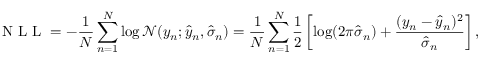
\mathrm { ~ N ~ L ~ L ~ } = - \frac { 1 } { N } \sum _ { n = 1 } ^ { N } \log \mathcal { N } ( y _ { n } ; \hat { y } _ { n } , \hat { \sigma } _ { n } ) = \frac { 1 } { N } \sum _ { n = 1 } ^ { N } \frac { 1 } { 2 } \left[ \log ( 2 \pi \hat { \sigma } _ { n } ) + \frac { ( y _ { n } - \hat { y } _ { n } ) ^ { 2 } } { \hat { \sigma } _ { n } } \right] ,